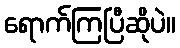
ရောက်ကြပြီဆိုပဲ။